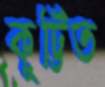
কুট্টিত